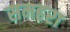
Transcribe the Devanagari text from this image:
समहरा